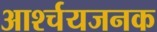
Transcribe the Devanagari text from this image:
आर्श्चयजनक